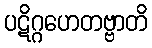
ပဋိဂ္ဂဟေတဗ္ဗာတိ